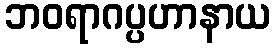
ဘဝရာဂပ္ပဟာနာယ